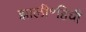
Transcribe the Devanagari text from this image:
झाली॰हिची